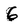
Character: 6